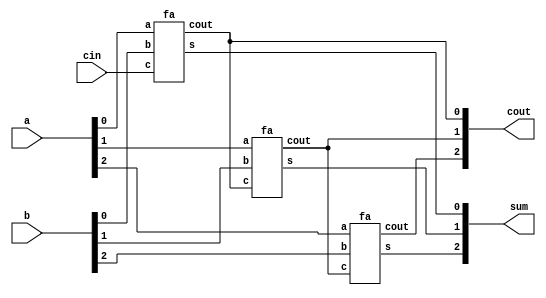
/*Now that you know how to build a full adder, make 3 instances of it to create a 3-bit binary ripple-carry adder. 
The adder adds two 3-bit numbers and a carry-in to produce a 3-bit sum and carry out.
 To encourage you to actually instantiate full adders, also output the carry-out from each full adder in the ripple-carry adder. 
 cout[2] is the final carry-out from the last full adder, and is the carry-out you usually see.*/
 module top_module( 
    input [2:0] a, b,
    input cin,
    output [2:0] cout,
    output [2:0] sum );
    fa i1(a[0],b[0],cin,sum[0],cout[0]);
    fa i2(a[1],b[1],cout[0],sum[1],cout[1]);
    fa i3(a[2],b[2],cout[1],sum[2],cout[2]);
endmodule
module fa(input a,b,c,output s,cout);
    assign s=a^b^c;
    assign cout=(a&b)|(a&c)|(b&c);
endmodule